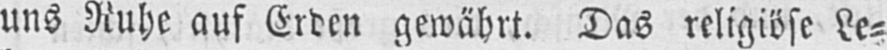
uns Ruhe auf Erden gewährt. Das religiöse Le⸗